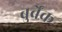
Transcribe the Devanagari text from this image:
बुर्बेंक